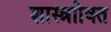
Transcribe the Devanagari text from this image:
शास्त्राोक्त